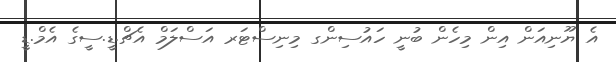
އެ ޔޫނިއަން އިން މިހެން ބުނީ ހައުސިންގ މިނިސްޓަރ އަސްލަމް އެޗް.ޑީ.ސީގެ އެމް.ޑީ